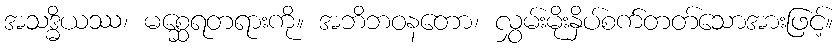
အသဒ္ဓိယဿ၊ မစ္ဆေရတရားကို။ အဘိဘဝနတော၊ လွှမ်းမိုးနှိပ်စက်တတ်သောအားဖြင့်။